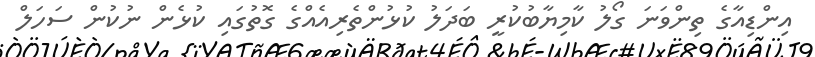
އިންޑިއާގެ ތިންވަނަ ގޯލު ކާމިޔާބުކުރީ ބަދަލު ކުޅުންތެރިއެއްގެ ގޮތުގައި ކުޅެން ނުކުން ސަހަލް